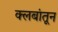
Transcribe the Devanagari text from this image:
क्लबांतून